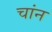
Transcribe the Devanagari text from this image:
चांन